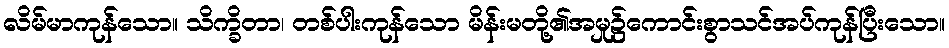
လိမ်မာကုန်သော။ သိက္ခိတာ၊ တစ်ပါးကုန်သော မိန်းမတို့၏အမှု၌ကောင်းစွာသင်အပ်ကုန်ပြီးသော။